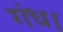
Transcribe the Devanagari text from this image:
गंध।